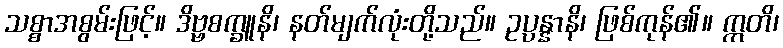
သစ္စာအစွမ်းဖြင့်။ ဒိဗ္ဗစက္ခူနိ၊ နတ်မျက်လုံးတို့သည်။ ဥပ္ပန္နာနိ၊ ဖြစ်ကုန်၏။ ဣတိ၊